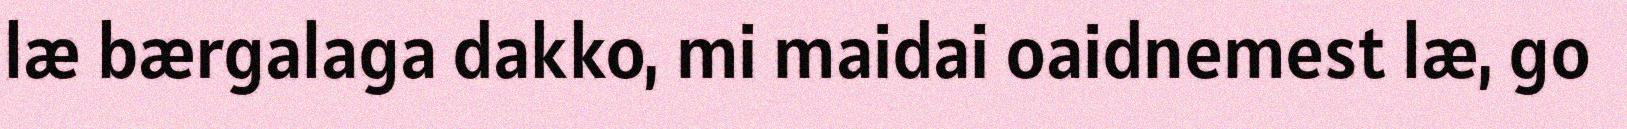
læ bærgalaga dakko, mi maidai oaidnemest læ, go